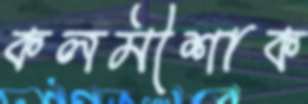
কলমীশাক